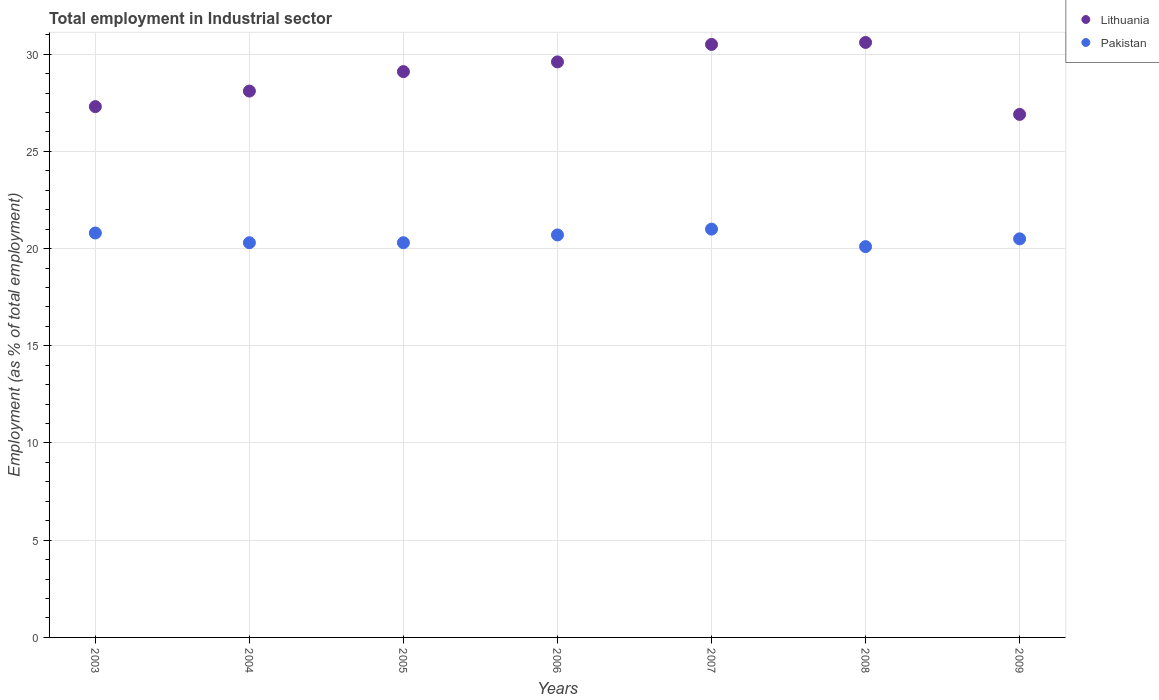
| Years | Lithuania | Pakistan |
 | --- | --- | --- |
 | 2003 | 27.3 | 20.8 |
 | 2004 | 28.1 | 20.3 |
 | 2005 | 29.1 | 20.3 |
 | 2006 | 29.6 | 20.7 |
 | 2007 | 30.5 | 21 |
 | 2008 | 30.6 | 20.1 |
 | 2009 | 26.9 | 20.5 |